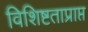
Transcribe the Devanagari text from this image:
विशिष्टताप्राप्त